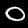
Digit: 0